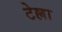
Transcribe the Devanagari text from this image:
टेल्ला